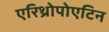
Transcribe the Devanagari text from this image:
एरिथ्रोपोएटिन